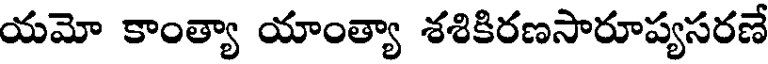
యమో కాంత్యా యాంత్యా శశికిరణసారూప్యసరణే